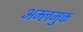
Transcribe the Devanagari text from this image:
अम्लमुक्त